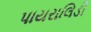
પાયરાલિડી